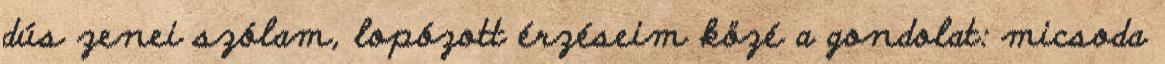
dús zenei szólam, lopózott érzéseim közé a gondolat: micsoda